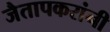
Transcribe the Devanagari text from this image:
जैतापकरांनी